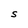
Character: S